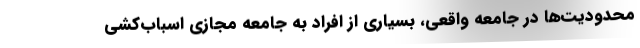
محدوديت‌ها در جامعه واقعي، بسياري از افراد به جامعه مجازي اسباب‌كشي